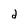
Character: d